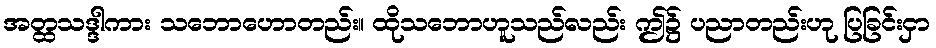
အတ္ထသဒ္ဒါကား သဘောဟောတည်း။ ထိုသဘောဟူသည်လည်း ဤ၌ ပညာတည်းဟု ပြခြင်းငှာ